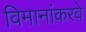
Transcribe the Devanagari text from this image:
विमानांकरवे